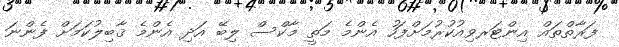
ފަރާތްތައް އިންޓަރވިއުކުރުމަށްފަހު އެންމެ މަތީ މާކްސް ލިބޭ އަދި އެންމެ ޤާބިލުކަމަށް ފެންނަ